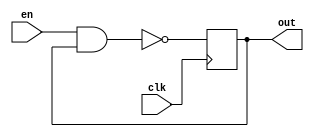
(* dont_touch = "yes" *)
module ro1(
    input en,
    input clk,
    output reg out
    );
	 
    (* S= "TRUE"*)(* ALLOW_COMBINATORIAL_LOOPS = "true", KEEP = "true" *) 
    wire p, q, r, s;
        
    nand #1.848(p, en, out);
    and  #1.929(q, p, p);
    and  #1.709(r, q, q);
    and  #1.592(s, r, r);
    always @(posedge clk)
        #1.833 out <= s & s;

endmodule

(* dont_touch = "yes" *)
module ro2(
    input en,
    input clk,
    output reg out
    );
	 
    (* S= "TRUE"*)(* ALLOW_COMBINATORIAL_LOOPS = "true", KEEP = "true" *) 
    wire p, q, r, s;
        
    nand #0.639(p, en, out);
    and  #1.082(q, p, p);
    and  #1.466(r, q, q);
    and  #1.028(s, r, r);
    always @(posedge clk)
        #1.080 out <= s & s;

endmodule

(* dont_touch = "yes" *)
module ro3(
    input en,
    input clk,
    output reg out
    );
	 
    (* S= "TRUE"*)(* ALLOW_COMBINATORIAL_LOOPS = "true", KEEP = "true" *) 
    wire p, q, r, s;
        
    nand #1.956(p, en, out);
    and  #0.539(q, p, p);
    and  #0.378(r, q, q);
    and  #1.879(s, r, r);
    always @(posedge clk)
        #0.159 out <= s & s;

endmodule

(* dont_touch = "yes" *)
module ro4(
    input en,
    input clk,
    output reg out
    );
	 
    (* S= "TRUE"*)(* ALLOW_COMBINATORIAL_LOOPS = "true", KEEP = "true" *) 
    wire p, q, r, s;
        
    nand #0.433(p, en, out);
    and  #1.489(q, p, p);
    and  #0.725(r, q, q);
    and  #0.842(s, r, r);
    always @(posedge clk)
        #1.126 out <= s & s;

endmodule